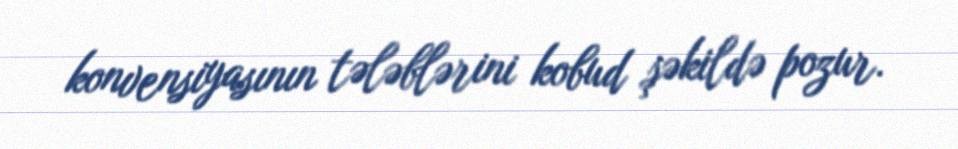
konvensiyasının tələblərini kobud şəkildə pozur.